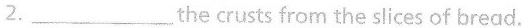
2.___the crusts from the slices of bread.